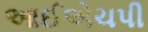
આઈએચપી